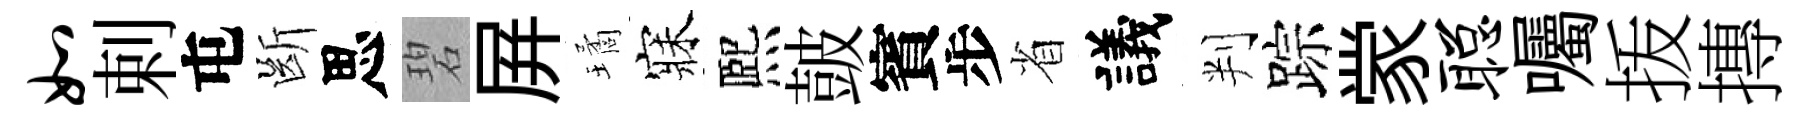
如剌屯㫁思碧屛璚寐熈皷賓步省議判踪䝉聪囑㧞摶